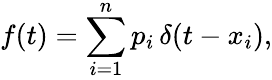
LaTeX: f(t)=\sum_{i=1}^{n}p_{i}\, \delta(t-x_{i}),